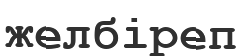
желбіреп